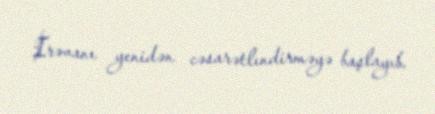
İrəvanı yenidən cəsarətlındirməyə başlayıb.